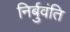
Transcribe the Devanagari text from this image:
निर्बुवंति